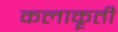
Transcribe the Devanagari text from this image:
कलाकॄती